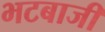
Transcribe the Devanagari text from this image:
भटबाजी